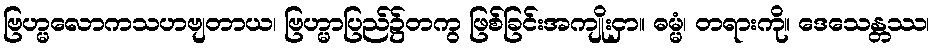
ဗြဟ္မလောကသဟဗျတာယ၊ ဗြဟ္မာပြည်၌တကွ ဖြစ်ခြင်းအကျိုးငှာ။ ဓမ္မံ၊ တရားကို။ ဒေသေန္တဿ၊